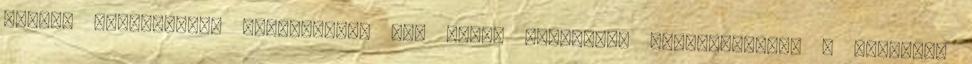
MAGYAR ZENEMŰVÉSZ- PEDAGÓGUSOK ÉVI KEREK SZÜLETÉSI ÉVFORDULÓIBÓL - TERVEZET